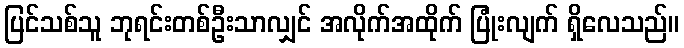
ပြင်သစ်သူ ဘုရင်းတစ်ဦးသာလျှင် အလိုက်အထိုက် ပြုံးလျက် ရှိလေသည်။